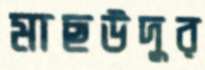
মাছউদুর